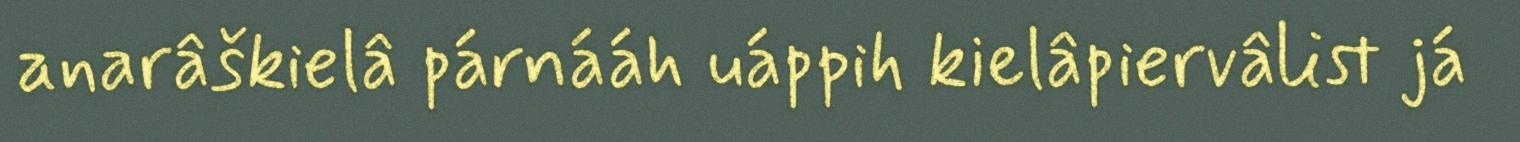
anarâškielâ párnááh uáppih kielâpiervâlist já